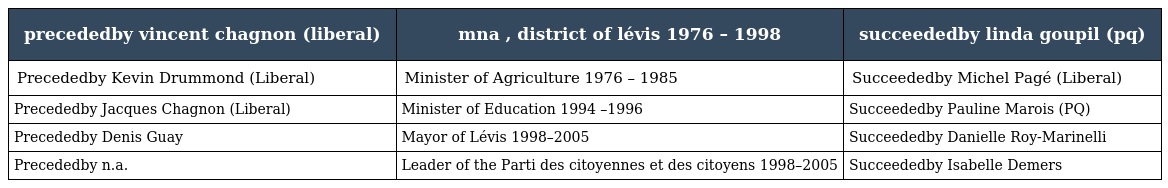
| precededby vincent chagnon (liberal) | mna , district of lévis 1976 – 1998 | succeededby linda goupil (pq) |
 | --- | --- | --- |
 | Precededby Kevin Drummond (Liberal) | Minister of Agriculture 1976 – 1985 | Succeededby Michel Pagé (Liberal) |
 | Precededby Jacques Chagnon (Liberal) | Minister of Education 1994 –1996 | Succeededby Pauline Marois (PQ) |
 | Precededby Denis Guay | Mayor of Lévis 1998–2005 | Succeededby Danielle Roy-Marinelli |
 | Precededby n.a. | Leader of the Parti des citoyennes et des citoyens 1998–2005 | Succeededby Isabelle Demers |